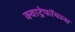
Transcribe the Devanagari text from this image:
क्वाट्रेफॉयल्स